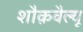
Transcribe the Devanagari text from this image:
शौक़वैल्यू